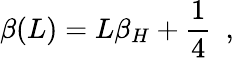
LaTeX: \beta(L)=L\beta_{H}+{\frac{1}{4}}~~,